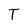
Character: T